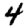
Digit: 4